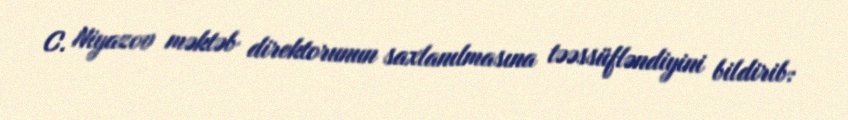
C. Niyazov məktəb direktorunun saxlanılmasına təəssüfləndiyini bildirib: